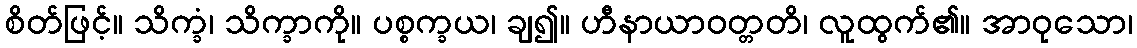
စိတ်ဖြင့်။ သိက္ခံ၊ သိက္ခာကို။ ပစ္စက္ခယ၊ ချ၍။ ဟီနာယာဝတ္တတိ၊ လူထွက်၏။ အာဝုသော၊